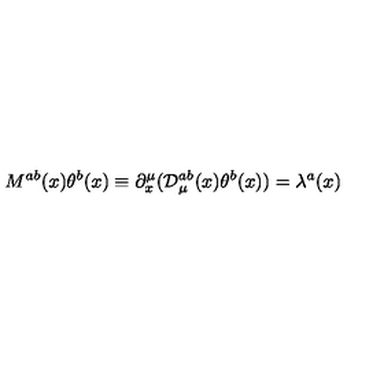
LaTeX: M ^ { a b } ( x ) \theta ^ { b } ( x ) \equiv \partial _ { x } ^ { \mu } ( { \cal D } _ { \mu } ^ { a b } ( x ) \theta ^ { b } ( x ) ) = \lambda ^ { a } ( x )